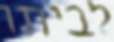
לביתו